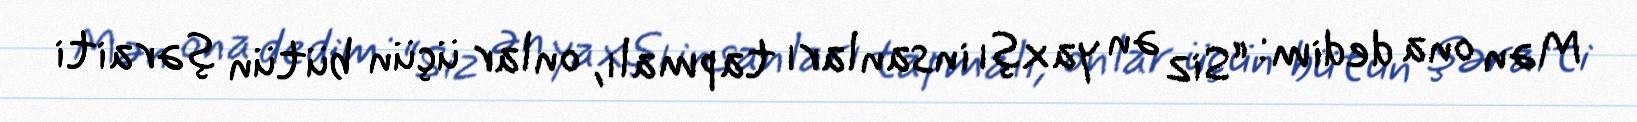
Mən ona dedim: “Siz ən yaxşı insanları tapmalı, onlar üçün bütün şəraiti